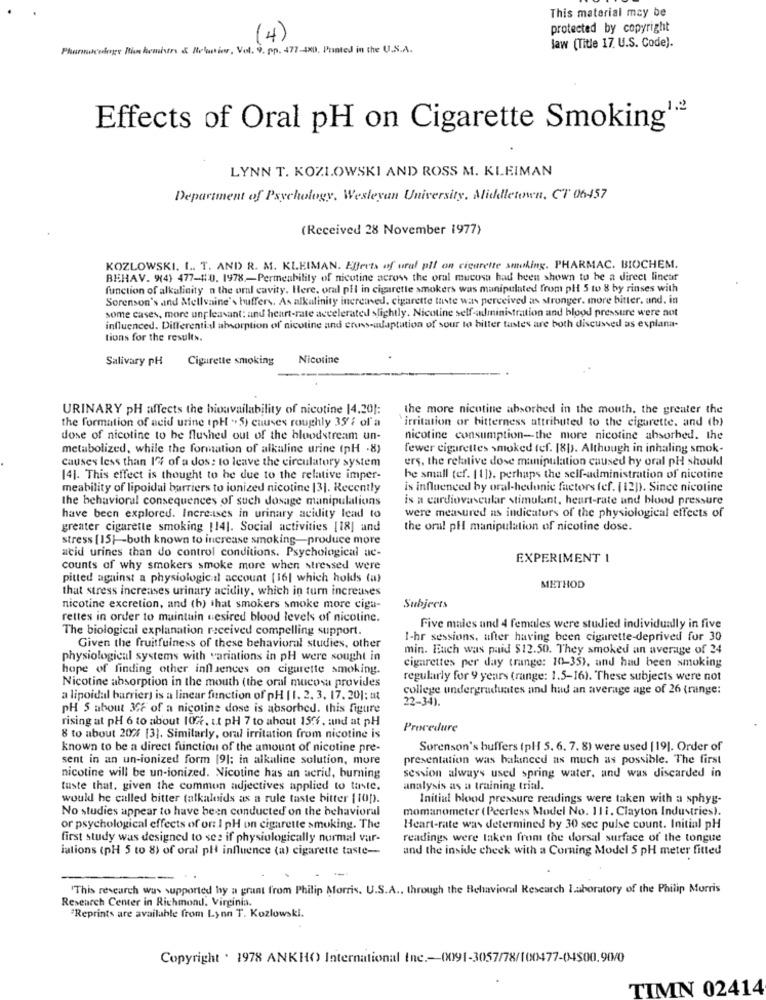
This material may be
protected by copyright
(4)
Pharmacology Richemaistr & Nratior, Vol. 9. pp. 477-480, Printed in the U.S.A.
law (Title 17. U.S. Code).
Effects of Oral pH on Cigarette Smoking'
LYNN T. KOZLOWSKI AND ROSS M. KLEIMAN
Department of Psychology, Wesleyan University, Middletown, CT 06457
(Received 28 November 1977)
KOZLOWSKI. I. T. AND R. M. KLEIMAN. Effects of ural pll on cigarette seeking. PHARMAC. BIOCHEM.
BEHAV. 9(4) 477-10. 1978-Permeability of nicutine across the oral mucosa had been shown to be a direct lineur
function of alkalinity n the oral cavity. Here, oral pil in cigarette smokers was manipulated from pH 5 to 8 by rinses with
Sorenson's and Mellvaine's buffers, As alkalinity increased. cigarette taste was perceived as stronger. more bitter, and. in
some cases, more unpleasant: and heart-rate accelerated slightly. Nicotine self-administration and blood pressure were not
influenced. Differenti- absorption of nicotine and cross-adaptation of sour to bitter tastes are both discussed as explana-
tions for the results.
Salivary PH
Cigarette smoking
Nicotine
URINARY pH affects the bioavailability of nicotine 14.201:
the more nicotine absorbed in the mouth. the greater the
the formation of acid urine tpH "+5) causes roughly 35'i of a
`irritation or bitterness attributed to the cigarette. and (b)
dose of nicotine to be flushed out of the bloodstream un-
nicotine consumption-the more nicotine absorbed. the
metabolized, while the formation of alkaline urine (pH .8)
fewer cigarettes smoked tef. [8]). Although in inhaling smok-
causes less than 1% of a dos: to leave the circulatory system
ers. the relative dose manipulation caused by oral pH shoukl
[4]. This effect is thought to be due to the relative imper-
he small tef. [1]), perhaps the self-administration of nicotine
meability of lipoidal barriers to ionized nicotine 131. Recently
is influenced by oral-hedunie factors fef. [ 12p. Since nicotine
the behavioral consequences of such dosage manipulations
is a cardiovascular stimulant, heart-rate and blood pressure
have been explored. Increases in urinary acidity lead to
were measured as indicators of the physiological effects of
greater cigarette smoking [14]. Social activities [18] and
the oral pHl manipulation of nicotine dose.
stress [15]-both known to increase smoking-produce more
acid urines than do control conditions. Psychological ac-
EXPERIMENT I
counts of why smokers smoke more when stressed were
pitted against a physiologic il account (16| which holds (a)
that stress increases urinary acidity, which in turn increases
METHOD
nicotine excretion, and (h) that smokers smoke more ciga-
Subjects
rettes in order to maintain tesired blood levels of nicotine.
The biological explanation received compelling support.
Five males und 4 females were studied individually in five
I-hr sessions. after having been cigarette-deprived for 30
Given the fruitfulness of these behavioral studies, other
min. Euch was paid $12.50. They smoked an average of 24
physiological systems with variations in pH were sought in
cigarettes per day (range: 10-35), and had been smoking
hope of finding other influences on cigarette smoking.
regularly for 9 years (range: 1.5-16). These subjects were not
Nicotine absorption in the mouth (the oral mucosa provides
college undergraduates and had an average age of 26 (range:
a lipoidal barrier) is a linear function of pH [1. 2. 3. 17. 201: ut
22-34).
PH 5 about 34F of a nicotine dose is absorbed. this figure
rising at pH 6 to about 10%, ut pH 7 to about 15ff, and at pH
Procedure
8 to about 20% [3]. Similarly, oral irritation from nicotine is
known to be a direct function of the amount of nicotine pre-
Sorenson's buffers (pl 5. 6. 7. 8) were used [ 19]. Order of
sent in an un-ionized form [9]: in alkaline solution, more
presentation was balanced as much as possible. The first
nicotine will be un-ionized. Nicotine has an acrid, burning
session always used spring water, and wax discarded in
tuste that. given the commun adjectives applied to taste.
analysis as a training trial.
would he called bitter (alkaloids as a rule taste bitter [ top.
Initial blood pressure readings were taken with a sphyg-
No studies appear to have been conducted on the behavioral
momanometer (Peerless Model No. 111. Clayton Industries).
or psychological effects of on I pH on cigarette smoking. The
Heart-rate was determined by 30 sec pulse count. Initial pH
first study was designed to see if physiologically nurmal var-
readings were taken from the dorsal surface of the tongue
lations (pH 5 to 8) of oral pli influence (a) cigarette taste-
and the inside check with a Corning Model 5 pH meter fitted
'This research was supported by a grant from Philip Morris. U.S.A ., through the Behavioral Research laboratory of the Philip Morris
Research Center in Richmond, Virginia.
"Reprints are available from Lynn T. Kozlowski.
Copyright . 1978 ANKHO) International Inc .-- 0091-3057/78/100477-04500.90/0
TIMN 02414